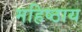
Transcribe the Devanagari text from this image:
महिष्ठाय